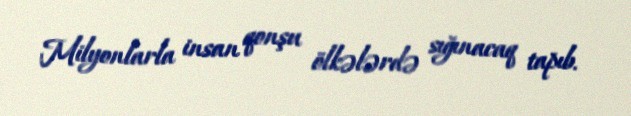
Milyonlarla insan qonşu ölkələrdə sığınacaq tapıb.